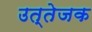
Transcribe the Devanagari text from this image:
उत्‍तेजक